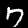
Label: 7